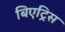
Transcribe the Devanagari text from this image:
बिएट्रिस